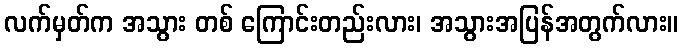
လက်မှတ်က အသွား တစ် ကြောင်းတည်းလား၊ အသွားအပြန်အတွက်လား။